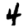
Digit: 4